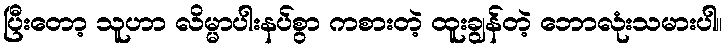
ပြီးတော့ သူဟာ လိမ္မာပါးနပ်စွာ ကစားတဲ့ ထူးချွန်တဲ့ ဘောလုံးသမားပါ။